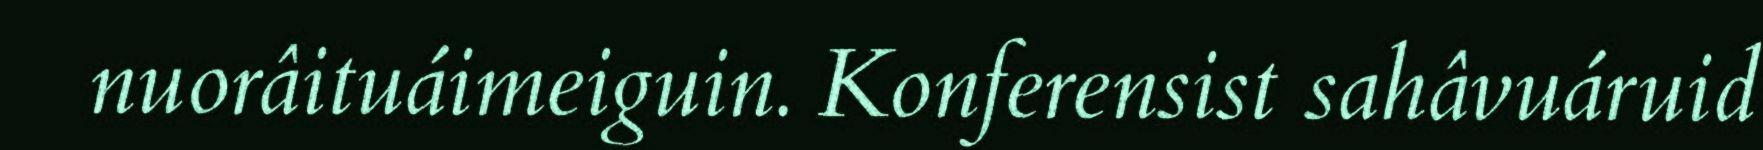
nuorâituáimeiguin. Konferensist sahâvuáruid